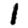
Digit: 1